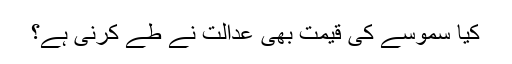
کیا سموسے کی قیمت بھی عدالت نے طے کرنی ہے؟